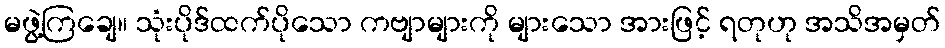
မဖွဲ့ကြချေ။ သုံးပိုဒ်ထက်ပိုသော ကဗျာများကို များသော အားဖြင့် ရတုဟု အသိအမှတ်